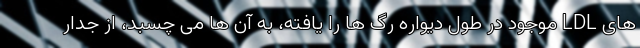
های LDL موجود در طول دیواره رگ ها را یافته، به آن ها می چسبد، از جدار